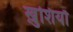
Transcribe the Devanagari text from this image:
ख़ुशियाॅ